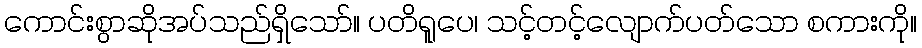
ကောင်းစွာဆိုအပ်သည်ရှိသော်။ ပတိရူပေ၊ သင့်တင့်လျောက်ပတ်သော စကားကို။